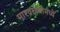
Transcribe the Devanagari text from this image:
मारवाड्यांमध्ये